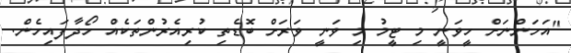
"އަހަންނަށް ހީވަނީ މި ޓީމު މި ވަނީ ވަރަށް ބޮޑެތި ކުރިއެރުންތަކެއް ހޯދާފައިހެން.